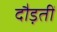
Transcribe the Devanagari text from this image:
दौड़तीं